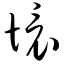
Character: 坏